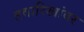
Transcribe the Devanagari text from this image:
तवारिखांवर